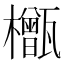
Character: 𬅎